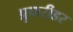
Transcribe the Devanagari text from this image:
प्रुफरीडर